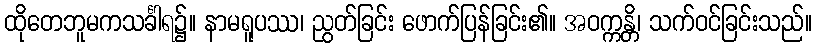
ထိုတေဘူမကသင်္ခါရ၌။ နာမရူပဿ၊ ညွတ်ခြင်း ဖောက်ပြန်ခြင်း၏။ အဝက္ကန္တိ၊ သက်ဝင်ခြင်းသည်။